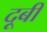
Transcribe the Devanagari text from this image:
दूबी